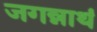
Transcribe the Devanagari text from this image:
जगन्नाथं